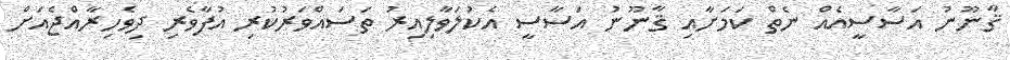
ޤާނޫނު އަސާސީއެއް ނެތް ކަމަށާއި ޤާނޫނު އަސާސީ އެކުލަވާލިއިރު ތަސައްވަރުކުރި އުފާވެރި ދިވެހިރާއްޖެއަށް